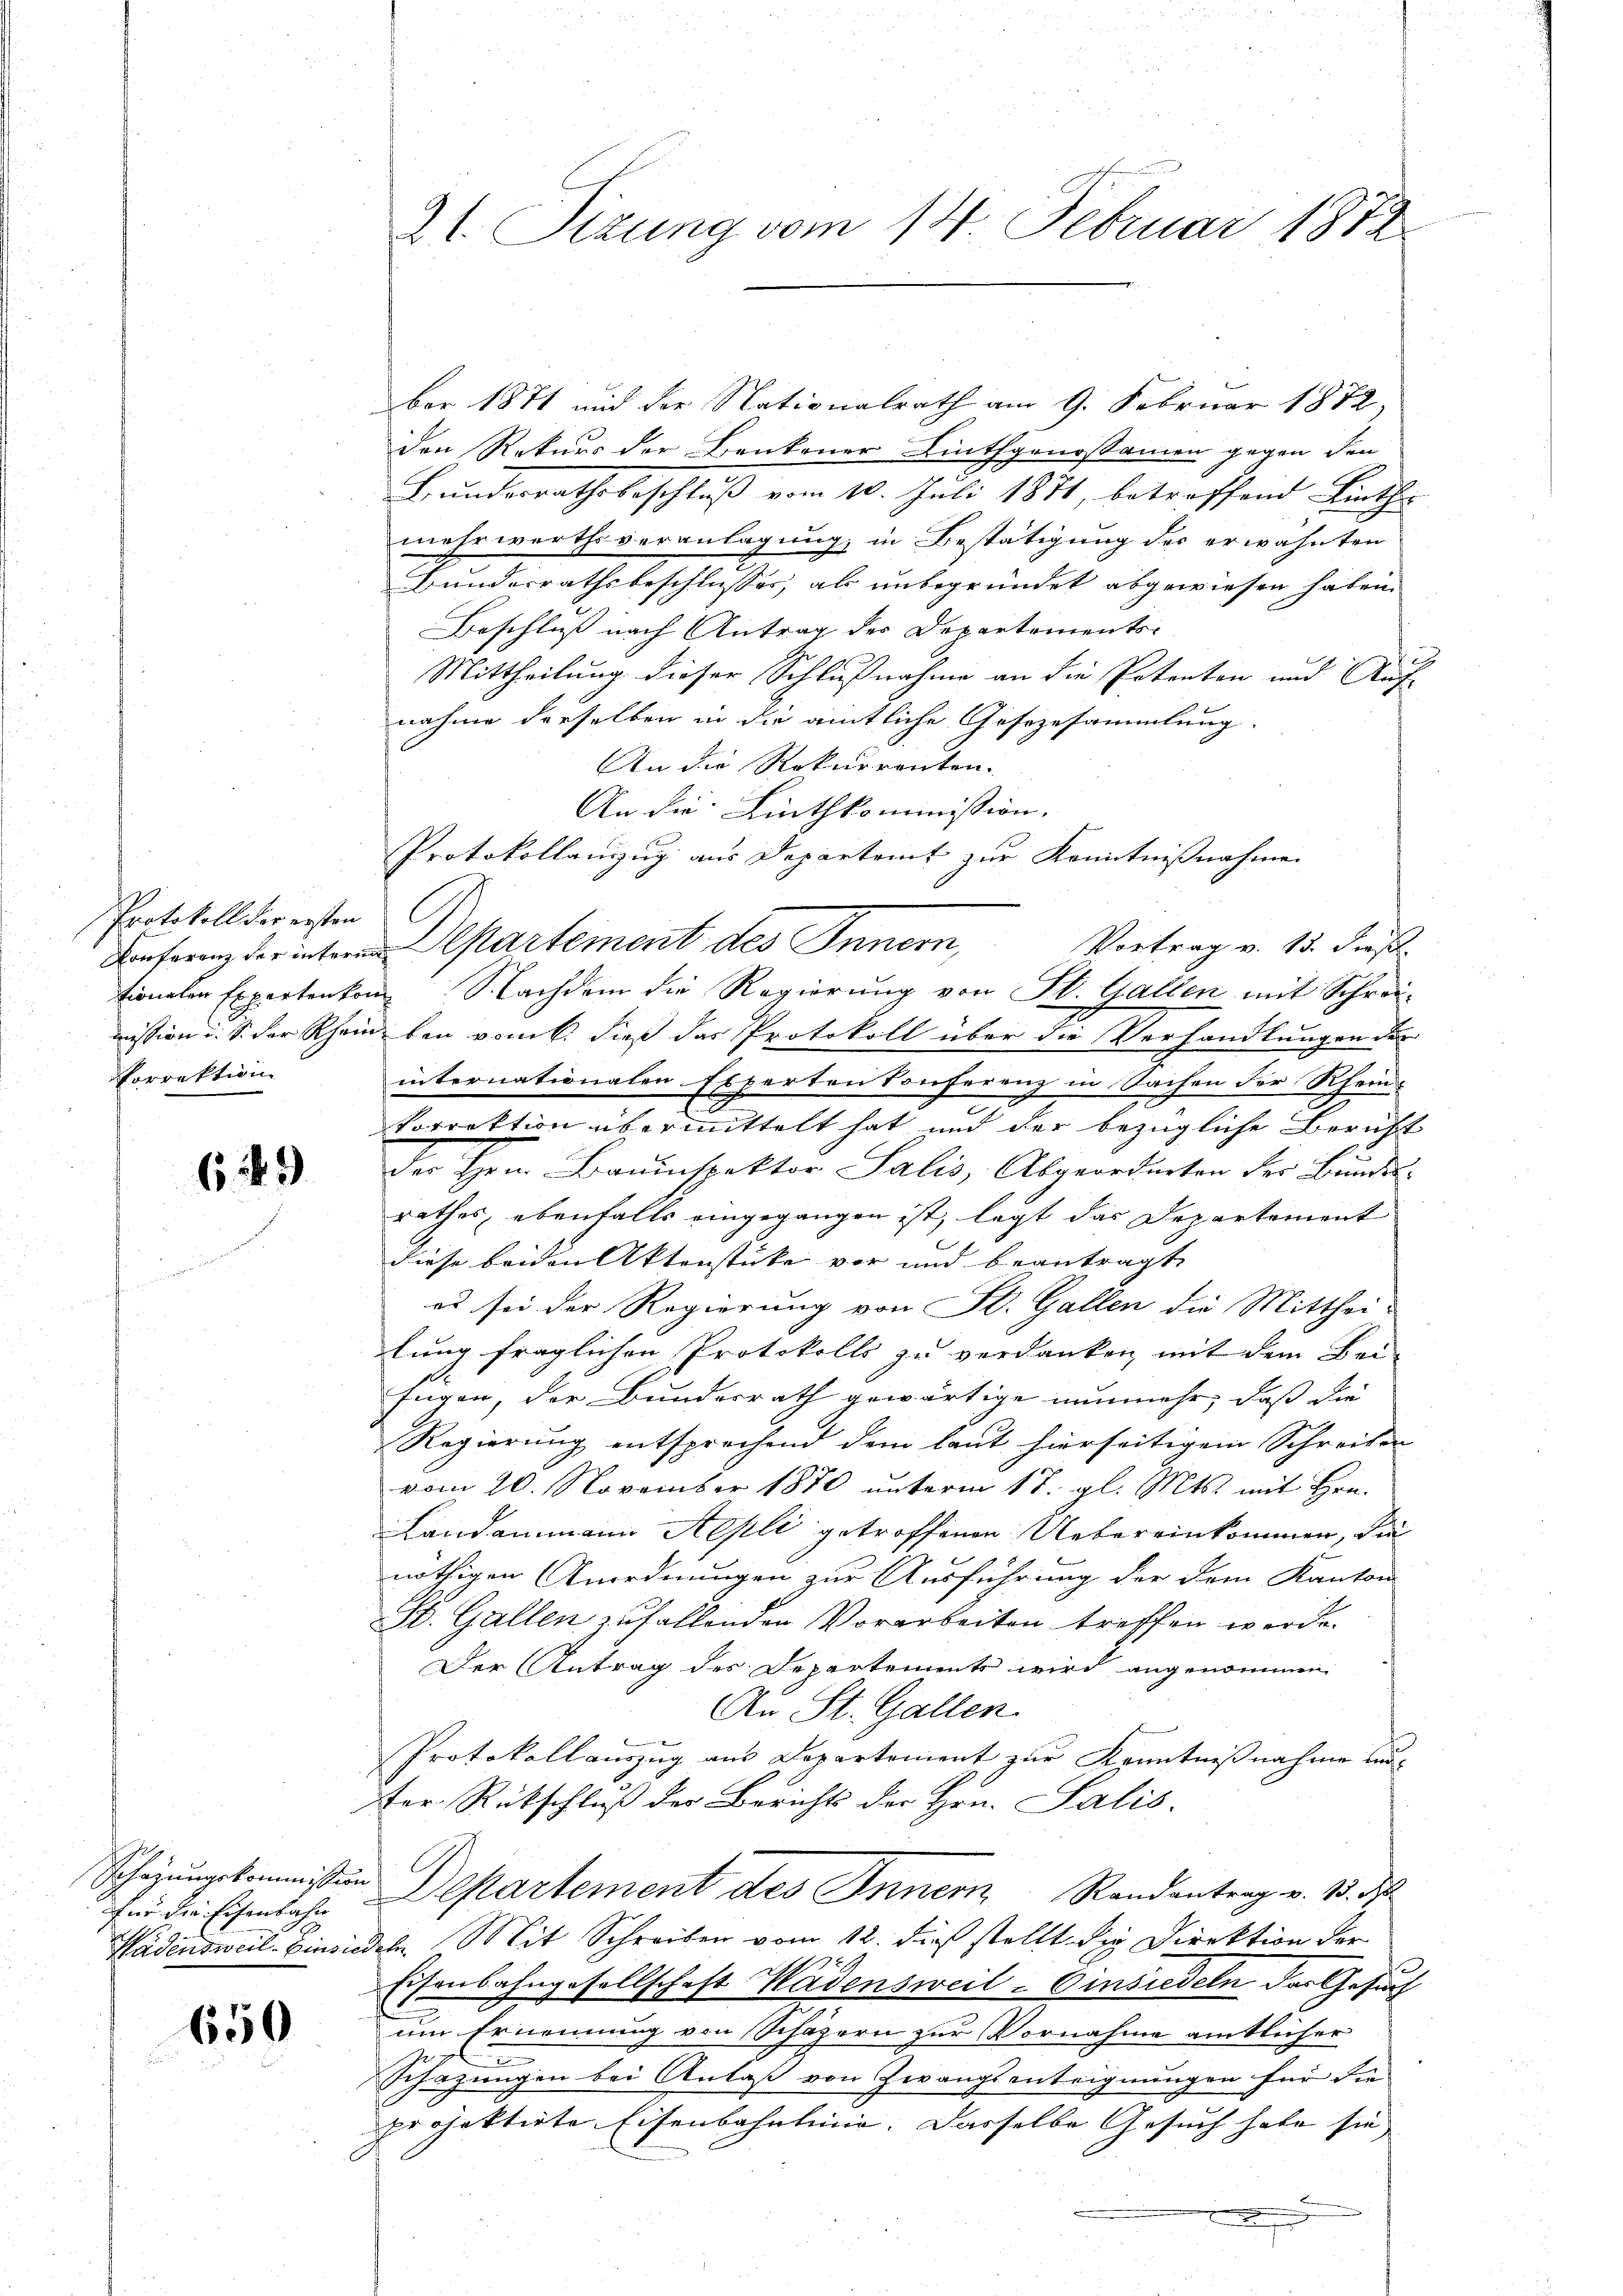
Protokoll der ersten
Porrektion

6. 49

Für die Eisenbahn

650

21. Sizung vom 14. Februar 1872

ber 1871 und der Nationalrath am 9. Februar 1872,
den Rekurs der Benkener Linthgenossamen gegen den
Bunderrathsbeschluß vom 10. Juli 1871, betreffend Linthe
mehrwerths veranlagung, in Bestätigung des erwähnten
Bunderrathsbeschlusser, als unbegründet abgewiesen haben.
Beschluß nach Antrag des Departements-
Mittheilung dieser Schlußnahme an die Petenten und Auf-
nahme derselben in die amtliche Gesezesammlung.
An die Rekurrenten.
An die Linthkommission.
Protokollanzug aus Departamt zur Kenntnißnahme
Anform der intere partement des Innern, Vortrag v. 15. Fuß.
tionalen Expertenkom Nachdem die Regierung von St. Gallen mit Schreimission i. S. der Rhein bei vom 6. dieß das Protokoll über die Verhandlungen der
internationalen Experton Conferenz in Sachen der Rhein-
Vorrektion übermittelt hat und der bezügliche Bericht
der Hrn. Bauinspektor Salis, Abgeordneten der Bundesrathes, ebenfalls eingegangen ist, legt das Departement
Diese beiden Aktenstücke vor und beantragt,
od sei der Regierung von St. Gallen die Mitthei-
lung fraglichen Protokolls zu verdanken mit dem Bei-
Eugen, der Bundesrath gewärtige nunmehr, daß die
Regierung entsprochend dem laut hierseitigem Schreiben
vom 20. November 1870 unterm 17. gl. Mts. mit Hrn.
Landammann Aopli getroffenen Uebereinkommen, die
nöthigen Anordnungen zur Ausführung der dem Kanton
St. Gallen zufallenden Vorarbeiten treffen werde.
Der Antrag des Departements wird angenommen
An St. Gallen.
Protokollauszug aus Departement zur Kenntnißnahme aner Rükschluß der Berichts der Hrn. Salis-
Schazungskommission Departement des Innern Randantrag v. 3. ds
Wädensweil Einsiedeln. Mit Schreiben vom 12. dieß stellt die Direktion der
10.
Eisenbahngesellschaft Badensweil–Einsiedeln der Gesuch
um Ernennung von Schäzern zur Vornahme amtlicher
Schazungen bei Anlaß von Zwangsanteignungen für die
projektirte Eisenbahnlinie. Dasselbe Gesuch habe sie